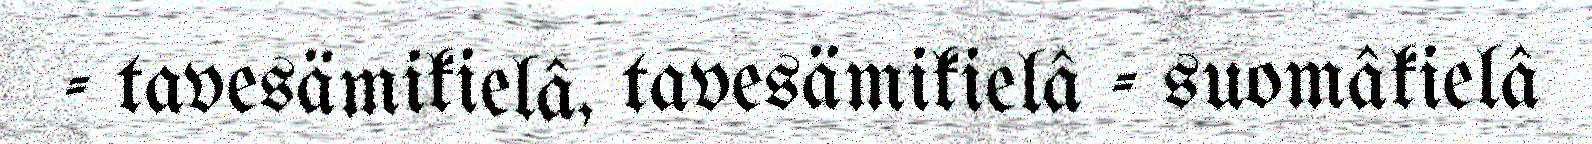
- tavesämikielâ, tavesämikielâ - suomâkielâ